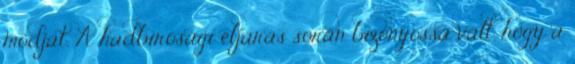
módját. A hadbírósági eljárás során bizonyossá vált, hogy a